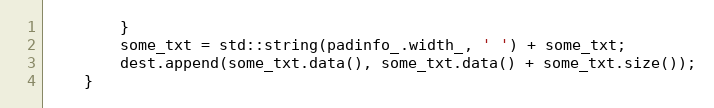
Language: C++
        }
        some_txt = std::string(padinfo_.width_, ' ') + some_txt;
        dest.append(some_txt.data(), some_txt.data() + some_txt.size());
    }